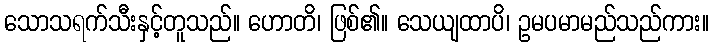
သောသရက်သီးနှင့်တူသည်။ ဟောတိ၊ ဖြစ်၏။ သေယျထာပိ၊ ဥမပမာမည်သည်ကား။